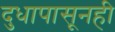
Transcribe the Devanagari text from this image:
दुधापासूनही